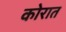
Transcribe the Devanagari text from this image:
कोरात